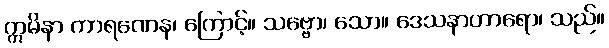
ဣမိနာ ကာရဏေန၊ ကြောင့်။ သဗ္ဗော၊ သော။ ဒေသနာဟာရော၊ သည်။